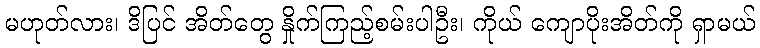
မဟုတ်လား၊ ဒိပြင် အိတ်တွေ နှိုက်ကြည့်စမ်းပါဦး၊ ကိုယ် ကျောပိုးအိတ်ကို ရှာမယ်